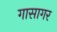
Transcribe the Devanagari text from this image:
गासागर